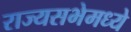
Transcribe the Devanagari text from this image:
राज्यसभेमध्ये